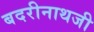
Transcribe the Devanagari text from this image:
बदरीनाथजी